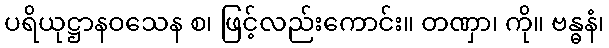
ပရိယုဋ္ဌာနဝသေန စ၊ ဖြင့်လည်းကောင်း။ တဏှာ၊ ကို။ ဗန္ဓနံ၊